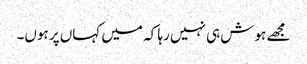
مجھے ہوش ہی نہیں رہا کہ میں کہاں پر ہوں۔